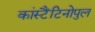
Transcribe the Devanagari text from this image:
कांस्टैंटिनोपुल